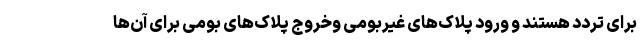
برای تردد هستند و ورود پلاک‌های غیربومی وخروج پلاک‌های بومی برای آن‌ها